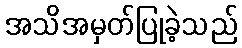
အသိအမှတ်ပြုခဲ့သည်